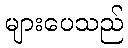
များပေသည်